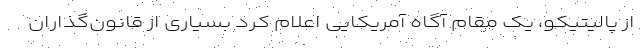
از پالیتیکو، یک مقام آگاه آمریکایی اعلام کرد بسیاری از قانون‌گذاران